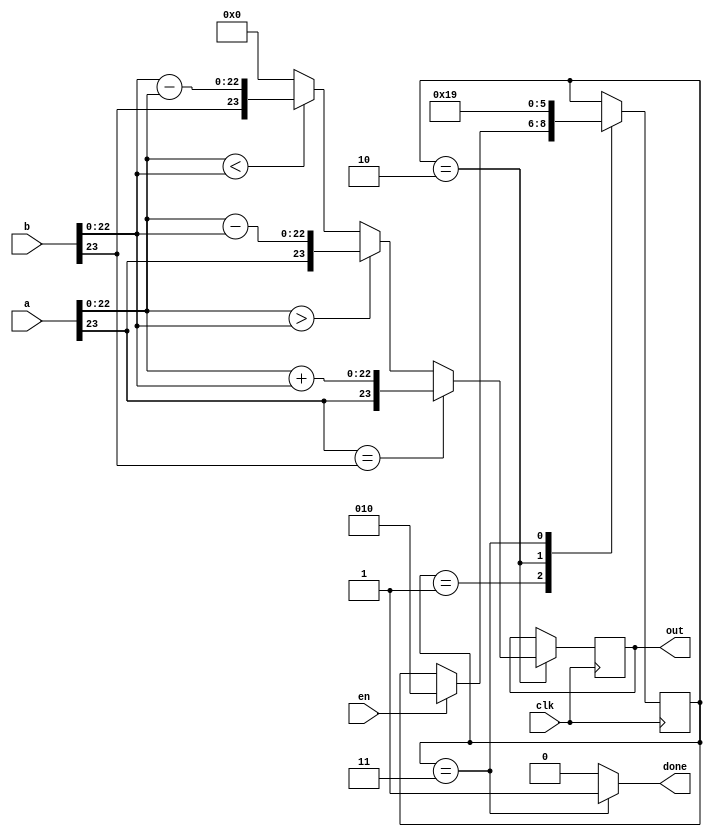
module add(
input clk,input [23:0]a,b,input en,output reg[23:0]out,output done
    );
    
localparam S_IDLE=1;
localparam S_MID=2;
localparam FINISH=3;
reg [2:0]state=S_IDLE;
assign done=(state==FINISH)?1:0;
always @(posedge clk)begin
case(state)
    S_IDLE:begin
     if((en==1))//||(en==4))begin
      state<=S_MID;
      end
    S_MID:begin
       if(a[23]==b[23])
        out={a[23],a[22:0]+b[22:0]};
       else if(a[22:0]>b[22:0])
        out={a[23],a[22:0]-b[22:0]};
       else if(a[22:0]<b[22:0])
        out={b[23],b[22:0]-a[22:0]};
       else
         out<=24'h000000;
        state<=FINISH;
       end
    FINISH:begin
     //  done<=1'b1;
       state<=S_IDLE;
    end
 
//  if(en==1)
//  state=2;
//  else
//  state=5;

endcase
end
endmodule